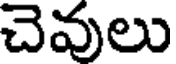
చెవులు